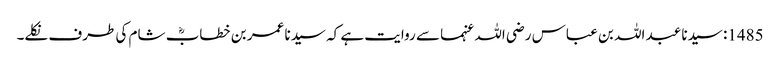
1485: سیدنا عبد اللہ بن عباس رضی اللہ عنہما سے روایت ہے کہ سیدنا عمر بن خطابؓ شام کی طرف نکلے۔